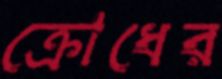
ক্রোধের